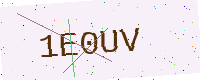
Text: 1E0UV